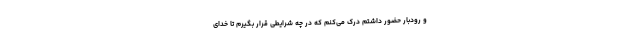
و رودبار حضور داشتم درک می‌کنم که در چه شرایطی قرار بگیرم تا خدای